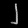
Digit: ၂